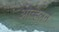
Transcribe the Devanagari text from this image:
ओव्हलने